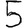
Digit: 5